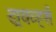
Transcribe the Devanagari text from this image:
ड्रायव्हर्स